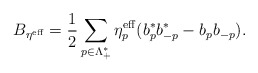
\begin{align*}B_{\eta^\mathrm{eff}}=\frac{1}{2}\sum_{p \in \Lambda_+^*} \eta_p^\mathrm{eff}(b^*_p b^*_{-p}-b_pb_{-p}).\end{align*}